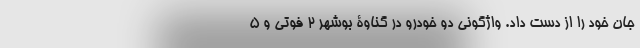
جان خود را از دست داد. واژگونی دو خودرو در گناوۀ بوشهر ۲ فوتی و ۵